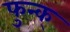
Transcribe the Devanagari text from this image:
फुन्क्